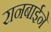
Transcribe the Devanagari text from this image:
रानबाईने